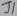
Text: J1